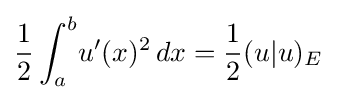
{\frac {1}{2}}\int _{a}^{b}\!u'(x)^{2}\,dx={\frac {1}{2}}(u|u)_{E}